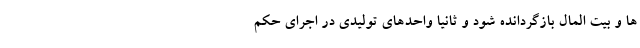
ها و بیت المال بازگردانده شود و ثانیا واحدهای تولیدی در اجرای حکم